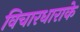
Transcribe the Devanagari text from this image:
विचारधाराके